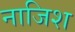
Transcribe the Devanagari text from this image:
नाजिश